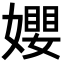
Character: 𡢞